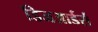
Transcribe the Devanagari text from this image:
डिजआर्डर्स